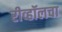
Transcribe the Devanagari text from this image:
रीव्हॉलचा